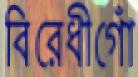
বিরেধীগোঁ